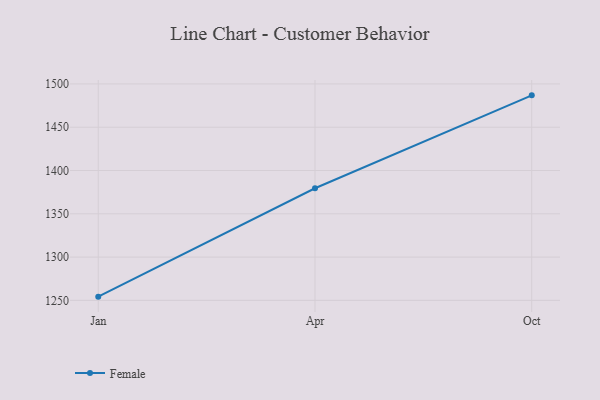
{"axis": {"x": "Month", "y": "Market Share (%)"}, "legend": ["Female"], "data": [{"x": "Jan", "y": 1254.3, "type": "Female"}, {"x": "Apr", "y": 1379.5, "type": "Female"}, {"x": "Oct", "y": 1486.8, "type": "Female"}]}